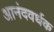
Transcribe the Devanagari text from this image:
आनंदवर्धक